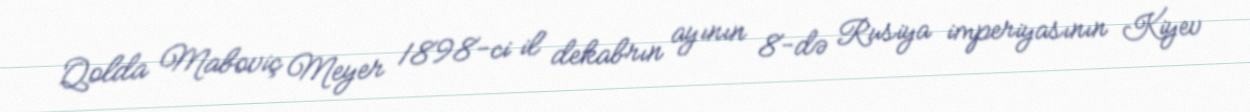
Qolda Maboviç Meyer 1898-ci il dekabrın ayının 8-də Rusiya imperiyasının Kiyev